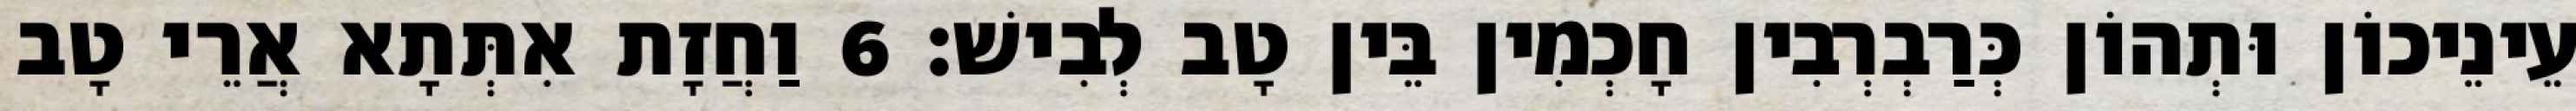
עֵינֵיכוֹן וּתְהוֹן כְּרַבְרְבִין חָכְמִין בֵּין טָב לְבִישׁ׃ 6 וַחֲזָת אִתְּתָא אֲרֵי טָב